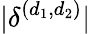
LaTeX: |\delta^{(d_{1},d_{2})}|